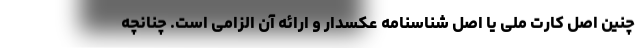
چنین اصل کارت ملی یا اصل شناسنامه عکسدار و ارائه آن الزامی است. چنانچه